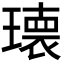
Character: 𭹹